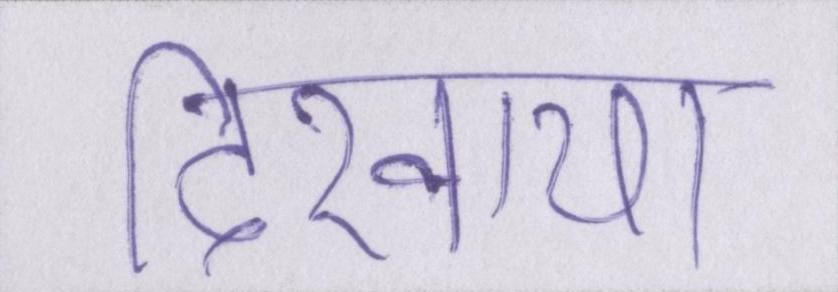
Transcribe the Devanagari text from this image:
दिखाया